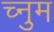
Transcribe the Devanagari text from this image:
च्नुम